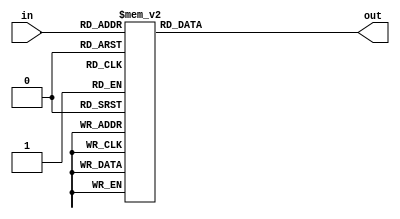
module six_decode(
    input [5:0] in,
    output reg [63:0] out
);

always @(*) begin
    case (in)
        6'h00: out = 64'h1;
        6'h01: out = 64'h2;
        6'h02: out = 64'h4;
        6'h03: out = 64'h8;
        6'h04: out = 64'h10;
        6'h05: out = 64'h20;
        6'h06: out = 64'h40;
        6'h07: out = 64'h80;
        6'h08: out = 64'h100;
        6'h09: out = 64'h200;
        6'h0A: out = 64'h400;
        6'h0B: out = 64'h800;
        6'h0C: out = 64'h1000;
        6'h0D: out = 64'h2000;
        6'h0E: out = 64'h4000;
        6'h0F: out = 64'h8000;
        6'h10: out = 64'h10000;
        6'h11: out = 64'h20000;
        6'h12: out = 64'h40000;
        6'h13: out = 64'h80000;
        6'h14: out = 64'h100000;
        6'h15: out = 64'h200000;
        6'h16: out = 64'h400000;
        6'h17: out = 64'h800000;
        6'h18: out = 64'h1000000;
        6'h19: out = 64'h2000000;
        6'h1A: out = 64'h4000000;
        6'h1B: out = 64'h8000000;
        6'h1C: out = 64'h10000000;
        6'h1D: out = 64'h20000000;
        6'h1E: out = 64'h40000000;
        6'h1F: out = 64'h80000000;
        6'h20: out = 64'h100000000;
        6'h21: out = 64'h200000000;
        6'h22: out = 64'h400000000;
        6'h23: out = 64'h800000000;
        6'h24: out = 64'h1000000000;
        6'h25: out = 64'h2000000000;
        6'h26: out = 64'h4000000000;
        6'h27: out = 64'h8000000000;
        6'h28: out = 64'h10000000000;
        6'h29: out = 64'h20000000000;
        6'h2A: out = 64'h40000000000;
        6'h2B: out = 64'h80000000000;
        6'h2C: out = 64'h100000000000;
        6'h2D: out = 64'h200000000000;
        6'h2E: out = 64'h400000000000;
        6'h2F: out = 64'h800000000000;
        6'h30: out = 64'h1000000000000;
        6'h31: out = 64'h2000000000000;
        6'h32: out = 64'h4000000000000;
        6'h33: out = 64'h8000000000000;
        6'h34: out = 64'h10000000000000;
        6'h35: out = 64'h20000000000000;
        6'h36: out = 64'h40000000000000;
        6'h37: out = 64'h80000000000000;
        6'h38: out = 64'h100000000000000;
        6'h39: out = 64'h200000000000000;
        6'h3A: out = 64'h400000000000000;
        6'h3B: out = 64'h800000000000000;
        6'h3C: out = 64'h1000000000000000;
        6'h3D: out = 64'h2000000000000000;
        6'h3E: out = 64'h4000000000000000;
        6'h3F: out = 64'h8000000000000000;
        default: out = 64'h0; 
    endcase 
end

endmodule